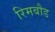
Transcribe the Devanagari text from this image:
रिमबौड